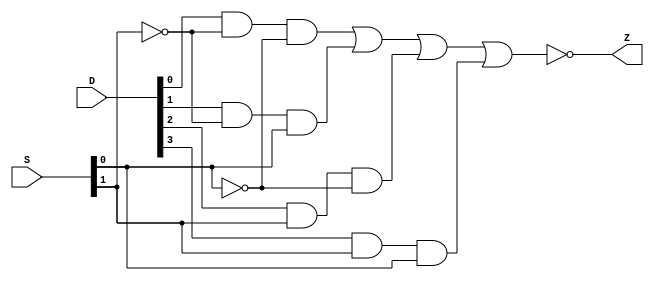
// Adarsh Chaudhary 1701CS01 Lab7 p1

module p1(Z, D, S); //you list all inputs and outputs, by convention outputs go first
	output Z;
	input[3:0] D;
	input[1:0] S;
	
	not inv1 (S0_n, S[0]); // defines the inverter gate, see figure
	not inv2 (S1_n, S[1]); // defines the inverter gate, see figure
	
	and and1 (a0_o, D[0], S1_n, S0_n); // defines the a0 gate, see figure
	and and2 (a1_o, D[1], S1_n, S[0]); // defines the a1 gate, see figure
	and and3 (a2_o, D[2], S[1], S0_n); // defines the a2 gate, see figure
	and and4 (a3_o, D[3], S[1], S[0]); // defines the a3 gate, see figure
	
	nor final (Z, a0_o, a1_o, a2_o, a3_o); // defines the o1 gate, see figure
endmodule